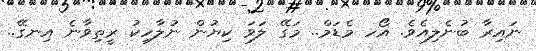
ނައިރާ ބުނެލިއެވެ. އޯހ މެޑަމް.. މަގޭ ލަވަ ކިޔުން ނުލާހިކު ރީތިވާނެ އިނގޭ..